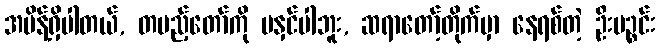
အမိန့်ရှိပါတယ်, တပည့်တော်ကို မနှင်ပါဘူး, ဆရာတော့်တိုက်မှာ နေရစ်တဲ့ ဦးပဉ္စင်း